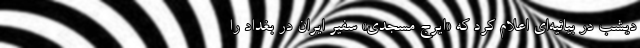
دیشب در بیانیه‌ای اعلام کرد که «ایرج مسجدی» سفیر ایران در بغداد را